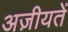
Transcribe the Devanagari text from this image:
अज़ीयतें